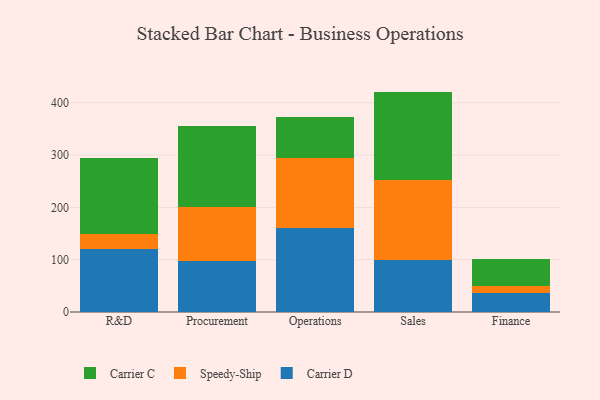
{"axis": {"x": "Department", "y": "Churn Rate (%)"}, "legend": ["Carrier C", "Carrier D", "Speedy-Ship"], "data": [{"x": "R&D", "y": 119.6, "type": "Carrier D"}, {"x": "R&D", "y": 29.3, "type": "Speedy-Ship"}, {"x": "R&D", "y": 145.4, "type": "Carrier C"}, {"x": "Procurement", "y": 97.7, "type": "Carrier D"}, {"x": "Procurement", "y": 103.9, "type": "Speedy-Ship"}, {"x": "Procurement", "y": 154.2, "type": "Carrier C"}, {"x": "Operations", "y": 161.0, "type": "Carrier D"}, {"x": "Operations", "y": 134.0, "type": "Speedy-Ship"}, {"x": "Operations", "y": 78.4, "type": "Carrier C"}, {"x": "Sales", "y": 98.9, "type": "Carrier D"}, {"x": "Sales", "y": 153.8, "type": "Speedy-Ship"}, {"x": "Sales", "y": 168.7, "type": "Carrier C"}, {"x": "Finance", "y": 35.4, "type": "Carrier D"}, {"x": "Finance", "y": 14.5, "type": "Speedy-Ship"}, {"x": "Finance", "y": 51.2, "type": "Carrier C"}]}